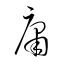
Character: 庸